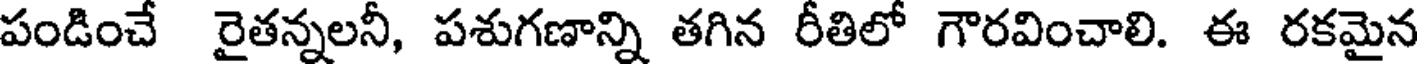
పండించే రైతన్నలనీ, పశుగణాన్ని తగిన రీతిలో గౌరవించాలి. ఈ రకమైన